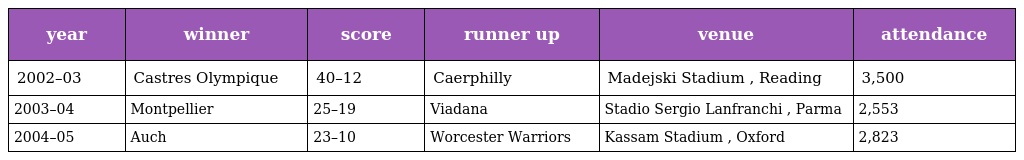
| year | winner | score | runner up | venue | attendance |
 | --- | --- | --- | --- | --- | --- |
 | 2002–03 | Castres Olympique | 40–12 | Caerphilly | Madejski Stadium , Reading | 3,500 |
 | 2003–04 | Montpellier | 25–19 | Viadana | Stadio Sergio Lanfranchi , Parma | 2,553 |
 | 2004–05 | Auch | 23–10 | Worcester Warriors | Kassam Stadium , Oxford | 2,823 |